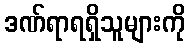
ဒဏ်ရာရရှိသူများကို